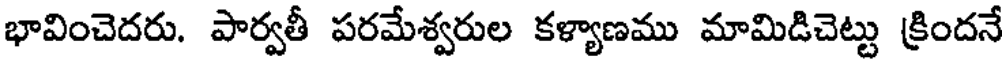
భావించెదరు. పార్వతీ పరమేశ్వరుల కళ్యాణము మామిడిచెట్టు క్రిందనే